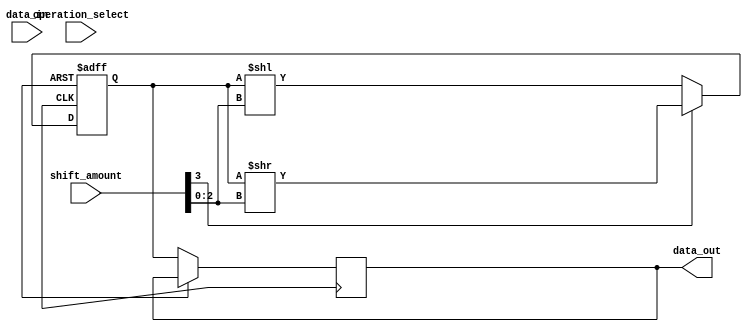
module Arithmetic_Block(
    input [15:0] data_in,
    input [3:0] shift_amount,
    input [1:0] operation_select,
    output reg [15:0] data_out
);

reg [15:0] shift_reg;

always @ (posedge clk or posedge rst) begin
    if(rst) begin
        shift_reg <= 16'b0;
    end else begin
        if(operation_select == 2'b00) begin // Addition
            shift_reg <= shift_reg + {16'b0, data_in};
        end else if(operation_select == 2'b01) begin // Subtraction
            shift_reg <= shift_reg - {16'b0, data_in};
        end else if(operation_select == 2'b10) begin // Multiplication
            shift_reg <= shift_reg * {16'b0, data_in};
        end else if(operation_select == 2'b11) begin // Division
            shift_reg <= shift_reg / {16'b0, data_in};
        end
        
        if(shift_amount[3] == 1'b1) begin // Shift Right
            shift_reg <= shift_reg >> shift_amount[2:0];
        end else begin // Shift Left
            shift_reg <= shift_reg << shift_amount[2:0];
        end
        
        data_out <= shift_reg;
    end
end

endmodule